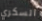
السكري